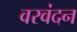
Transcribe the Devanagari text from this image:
वरवंदन